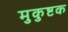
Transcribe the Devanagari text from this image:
मुकुष्टक